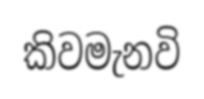
කිවමැනවි